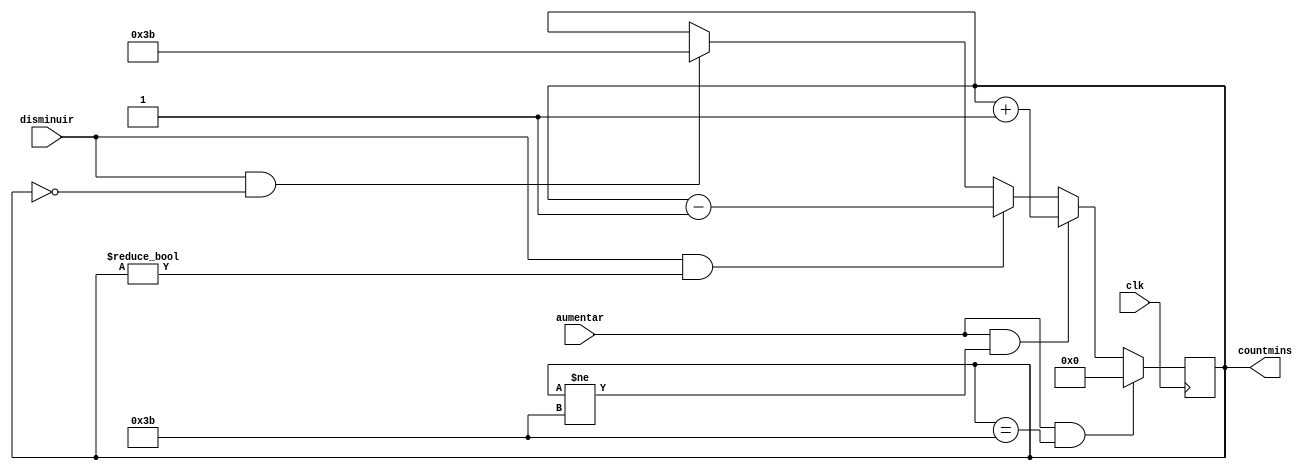
`timescale 1ns / 10ps

module countminutes(
		input wire clk,
		input wire aumentar, disminuir,
		output reg [7:0] countmins
    );
	 
initial countmins = 0;

always @(posedge clk) begin
	if ((aumentar)&&(countmins == 59))
		countmins = 0;
	else if ((aumentar)&&(countmins != 59))
		countmins = countmins + 1'b1;
	else if ((disminuir)&&(countmins != 0)) 
		countmins = countmins - 1'b1;
	else if ((disminuir)&&(countmins == 0))
		countmins = 59;
end

endmodule